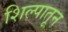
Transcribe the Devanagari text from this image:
शिल्पातून